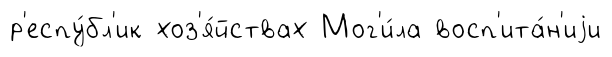
р'еспу́бл'ик хоз'я́йствах Мог'и́ла восп'ита́н'иjи